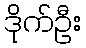
ဒိုက်ဦး